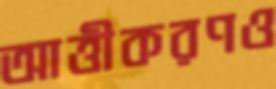
আত্তীকরণও